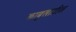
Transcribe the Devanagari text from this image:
काबुलातील